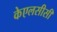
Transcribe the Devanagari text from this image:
केएलसीसी